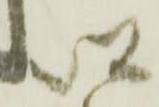
以